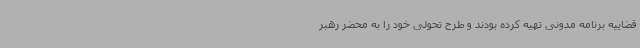
قضاییه برنامه مدونی تهیه کرده بودند و طرح تحولی خود را به محضر رهبر